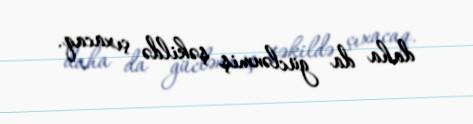
daha da güclənmiş şəkildə çıxacaq.